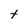
Character: t